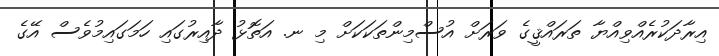
އިރާދަކުރެއްވިއްޔާ ތަރައްޤީގެ ވަރަށް އުސްމިންތަކަކަށް މި ނ. އަތޮޅު ދާއިރުގައި ހަމަގައިމުވެސް އޭގެ